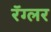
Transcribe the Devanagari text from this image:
रॅग्लर